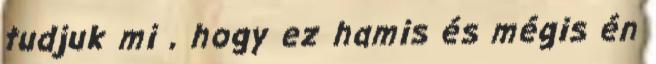
tudjuk mi , hogy ez hamis és mégis én